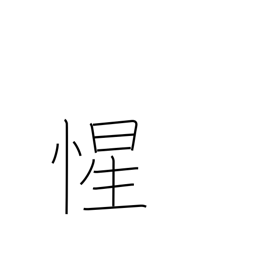
Meaning: realize